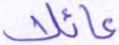
عائلا